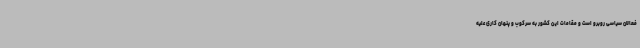
فعالان سیاسی روبرو است و مقامات این کشور به سرکوب و پنهان کاری علیه